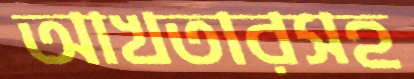
আখতারসহ